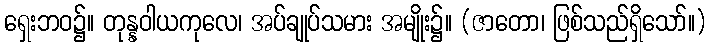
ရှေးဘဝ၌။ တုန္နဝါယကုလေ၊ အပ်ချုပ်သမား အမျိုး၌။ (ဇာတော၊ ဖြစ်သည်ရှိသော်။)